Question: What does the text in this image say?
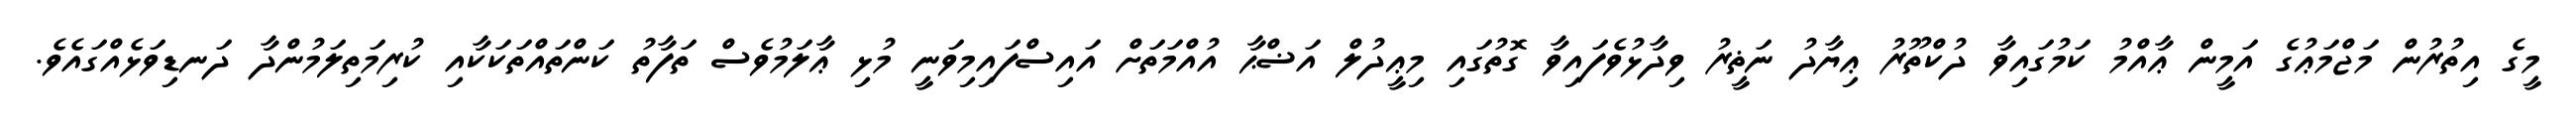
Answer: މީގެ އިތުރުން މަޖްމަޢުގެ އަމީން ޢާއްމު ކަމުގައިވާ ދުކްތޫރު ޢިޔާދު ނަޡީރު ވިދާޅުވެފައިވާ ގޮތުގައި މިޢީދުލް އަޟްޙާ އުއްމަތަށް އައިސްފައިމިވަނީ މުޅި ޢާލަމުވެސް ތަފާތު ކަންތައްތަކަކާއި ކުރިމަތިލަމުންދާ ދަނޑިވަޅެއްގައެވެ.